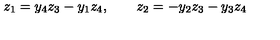
z _ { 1 } = y _ { 4 } z _ { 3 } - y _ { 1 } z _ { 4 } , \qquad z _ { 2 } = - y _ { 2 } z _ { 3 } - y _ { 3 } z _ { 4 }